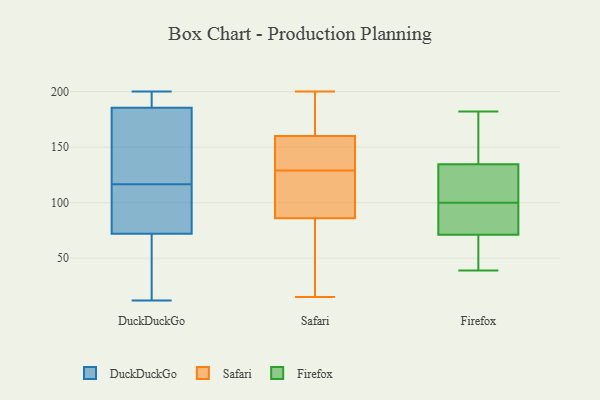
{"axis": {"x": "Revenue (USD Million)", "y": "Value"}, "legend": ["DuckDuckGo", "Firefox", "Safari"], "data": [{"x": "", "y": 81, "type": "DuckDuckGo"}, {"x": "", "y": 196, "type": "DuckDuckGo"}, {"x": "", "y": 162, "type": "DuckDuckGo"}, {"x": "", "y": 179, "type": "DuckDuckGo"}, {"x": "", "y": 128, "type": "DuckDuckGo"}, {"x": "", "y": 195, "type": "DuckDuckGo"}, {"x": "", "y": 82, "type": "DuckDuckGo"}, {"x": "", "y": 148, "type": "DuckDuckGo"}, {"x": "", "y": 31, "type": "DuckDuckGo"}, {"x": "", "y": 195, "type": "DuckDuckGo"}, {"x": "", "y": 163, "type": "DuckDuckGo"}, {"x": "", "y": 81, "type": "DuckDuckGo"}, {"x": "", "y": 192, "type": "DuckDuckGo"}, {"x": "", "y": 25, "type": "DuckDuckGo"}, {"x": "", "y": 200, "type": "DuckDuckGo"}, {"x": "", "y": 12, "type": "DuckDuckGo"}, {"x": "", "y": 17, "type": "DuckDuckGo"}, {"x": "", "y": 63, "type": "DuckDuckGo"}, {"x": "", "y": 104, "type": "DuckDuckGo"}, {"x": "", "y": 105, "type": "DuckDuckGo"}, {"x": "", "y": 51, "type": "Safari"}, {"x": "", "y": 65, "type": "Safari"}, {"x": "", "y": 126, "type": "Safari"}, {"x": "", "y": 154, "type": "Safari"}, {"x": "", "y": 93, "type": "Safari"}, {"x": "", "y": 86, "type": "Safari"}, {"x": "", "y": 15, "type": "Safari"}, {"x": "", "y": 160, "type": "Safari"}, {"x": "", "y": 132, "type": "Safari"}, {"x": "", "y": 40, "type": "Safari"}, {"x": "", "y": 178, "type": "Safari"}, {"x": "", "y": 118, "type": "Safari"}, {"x": "", "y": 151, "type": "Safari"}, {"x": "", "y": 184, "type": "Safari"}, {"x": "", "y": 177, "type": "Safari"}, {"x": "", "y": 91, "type": "Safari"}, {"x": "", "y": 157, "type": "Safari"}, {"x": "", "y": 200, "type": "Safari"}, {"x": "", "y": 147, "type": "Firefox"}, {"x": "", "y": 39, "type": "Firefox"}, {"x": "", "y": 95, "type": "Firefox"}, {"x": "", "y": 182, "type": "Firefox"}, {"x": "", "y": 74, "type": "Firefox"}, {"x": "", "y": 91, "type": "Firefox"}, {"x": "", "y": 111, "type": "Firefox"}, {"x": "", "y": 127, "type": "Firefox"}, {"x": "", "y": 105, "type": "Firefox"}, {"x": "", "y": 68, "type": "Firefox"}, {"x": "", "y": 43, "type": "Firefox"}, {"x": "", "y": 142, "type": "Firefox"}]}